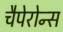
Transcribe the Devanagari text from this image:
चैपेरोन्स